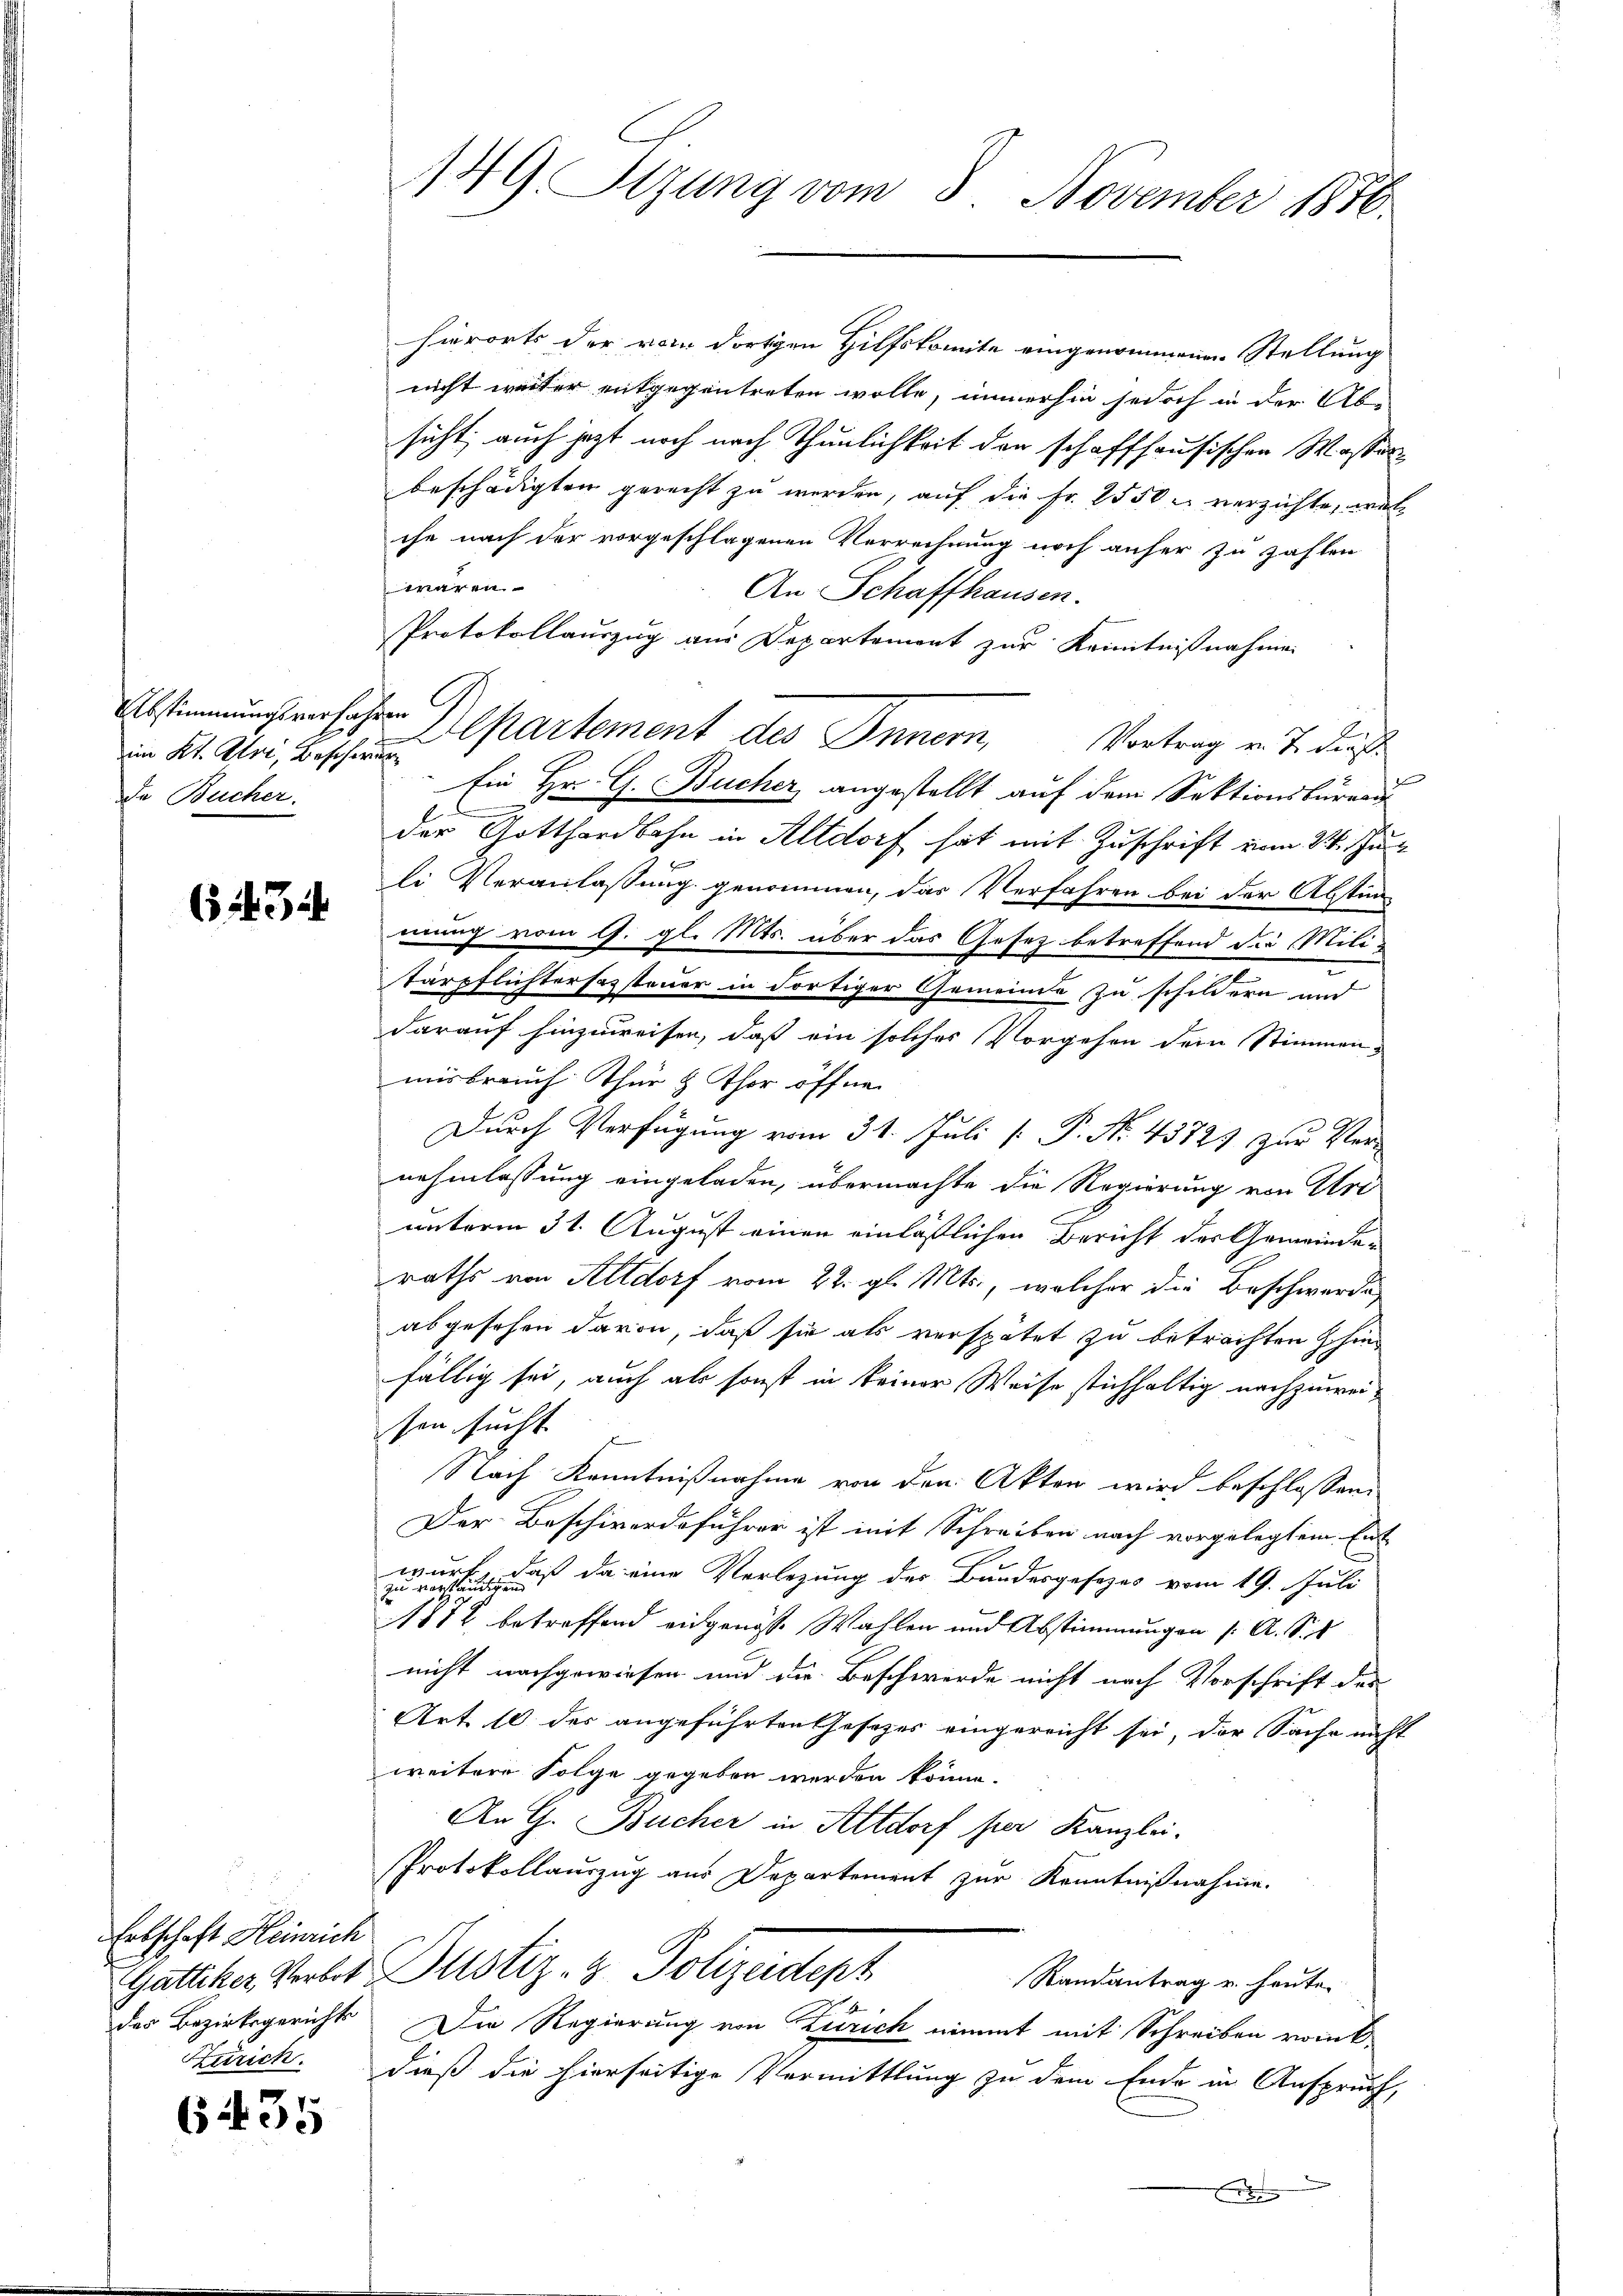
Abstimmungsverfah
im Kt. Uri, Beschie
De Bucher.

63

Entschaft Heinrich
Gattiker Verbot
des Bezirksgerichts
Sprich.

64435

149 Sizung vom 8 November 1810.

hierorts der vom dortigen Hilfskomite eingenommenen Stellung
nicht weiter entgegentreten wolle, immerhin jedoch in der Abe
sicht auch jetzt noch nach Thunlichkeit der schaffhausischen Wasserbeschädigten gerecht zu werden, auf die Fr. 2550 u. verzichte, welche nach der vorgeschlagenen Verrechnung noch anher zu zahlen
waren
An Schaffhausen.
Protokollauszug aus Departement zur Kenntnißnahme
en 9.
i
F
Ein Hr. G. Bucher angestellt auf dem Sektionsbürens
C
l
der Gotthardbahn in Altdorf hat mit Zuschrift vom 24. Juli Veranlassung genommen, das Verfahren bei der Abstin
mung vom 9. gl. Mts. über das Gesetz betreffend die Milit
tärpflichtersazsteuer in dortiger Gemeinde zu schildern und
darauf hinzuweisen, daß ein solches Vorgehen dem Stimmen,
misbrauch Thur & Thor öffne
Durch Verfügung vom 31. Juli [ P. No. 45721 zur Vernehmlassung eingeladen, übermachte die Regierung von Uri
unterm 31. August einen einlässlichen Bericht der Gemeinden
raths von Altdorf vom 22. gl. Mts., welcher die Beschwerde
abgesehen davon, daß sie als verspätet zu betrachten hinfällig sei, auch als sonst in keiner Weise stichhaltig nachzuweisen sucht.
Nach Kenntnißnahme von den Akten wird beschlossen,
Der Beschwerdeführer ist mit Schreiben nach vorgelegtem Ent-
, daß da eine Vorlegung der Bundesgesezes vom 19. Juli
1878 betreffend eidgenösse Wahlen und Abstimmungen (: A. S. 1
nicht nachgewiesen und die Beschwerde nicht nach Vorschrift der
Art. 10 des angeführten Gesetzes eingereicht sei, der Sache nicht
weitere Folge gegeben werden könne.
An G. Bucher in Altdorf per Kanzlei-
Protokollauszug aus Departement zur Kenntnißnahme.
Dustiz- & Polizeident
Randantrag u. heute.
Die Regierung von Zürich nimmt mit Schreiben winkdieß die hierseitige Vermittlung zu dem Ende in Anspruch,
x

Lepartement des Innern, Vortrag v. J. dies